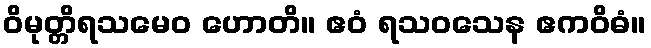
ဝိမုတ္တိရသမေဝ ဟောတိ။ ဧဝံ ရသဝသေန ဧကဝိဓံ။